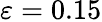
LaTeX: \varepsilon=0.15